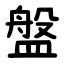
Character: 盤